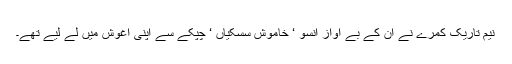
نیم تاریک کمرے نے ان کے بے آواز آنسو ‘ خاموش سسکیاں ‘ چپکے سے اپنی آغوش میں لے لیے تھے۔